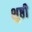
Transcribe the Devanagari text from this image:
शुष्ठी